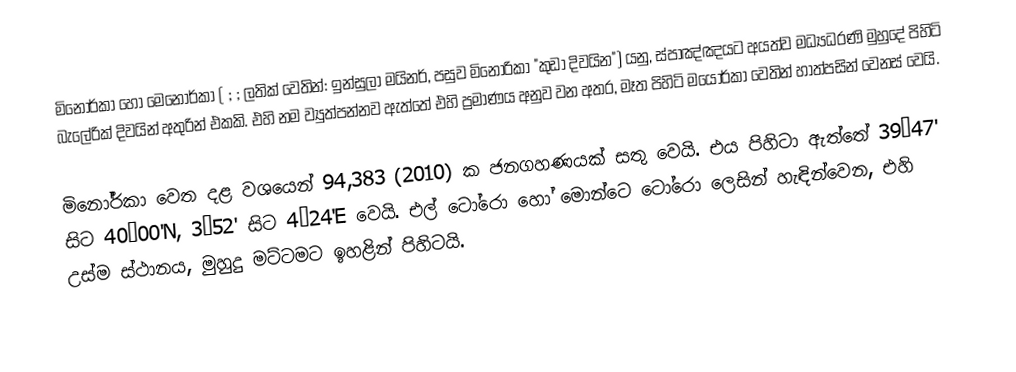
මිනෝර්කා හෝ  මෙනෝර්කා ( ;  ; ලතික් වෙතින්: ඉන්සුලා මයිනර්, පසුව  මිනෝරිකා "කුඩා දිවයින") යනු,  ස්පාඤ්ඤයට අයත්ව මධ්‍යධරණි මුහුදේ පිහිටි  බැලේරික් දිවයින් අතුරින් එකකි. එහි නම ව්‍යුත්පන්නව ඇත්තේ එහි ප්‍රමාණය අනුව වන අතර, මෑත පිහිටි මයෝර්කා වෙතින් හාත්පසින් වෙනස් වෙයි.

මිනෝර්කා වෙත දළ වශයෙන්  94,383 (2010) ක ජනගහණයක් සතු වෙයි. එය පිහිටා ඇත්තේ 39°47' සිට  40°00'N, 3°52' සිට  4°24'E වෙයි. එල් ටෝරො හෝ  මොන්ටෙ ටෝරො ලෙසින් හැඳින්වෙන, එහි උස්ම ස්ථානය,  මුහුදු මට්ටමට ඉහළින් පිහිටයි.